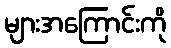
များအကြောင်းကို